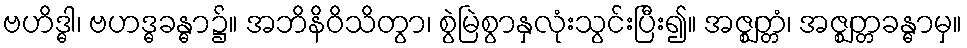
ဗဟိဒ္ဓါ၊ ဗဟဒ္ဓခန္ဓာ၌။ အဘိနိဝိသိတွာ၊ စွဲမြဲစွာနှလုံးသွင်းပြီး၍။ အဇ္ဈတ္တံ၊ အဇ္ဈတ္တခန္ဓာမှ။